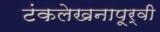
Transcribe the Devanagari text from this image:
टंकलेखनापूर्वी